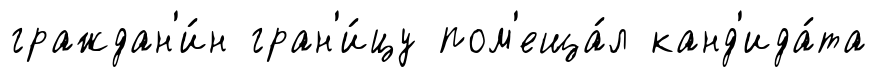
граждан'и́н гран'и́цу пом'еща́л канд'ида́та